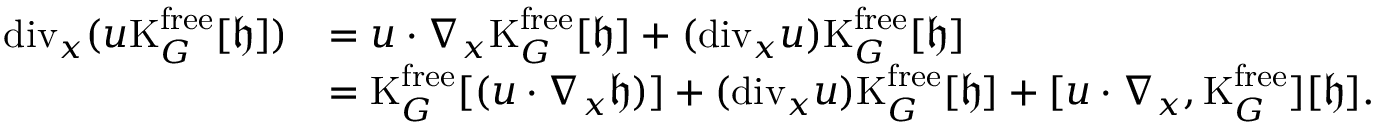
\begin{array} { r l } { \mathrm { d i v } _ { x } ( u \mathrm { K } _ { G } ^ { \mathrm { f r e e } } [ \mathfrak { h } ] ) } & { = u \cdot \nabla _ { x } \mathrm { K } _ { G } ^ { \mathrm { f r e e } } [ \mathfrak { h } ] + ( \mathrm { d i v } _ { x } u ) \mathrm { K } _ { G } ^ { \mathrm { f r e e } } [ \mathfrak { h } ] } \\ & { = \mathrm { K } _ { G } ^ { \mathrm { f r e e } } [ ( u \cdot \nabla _ { x } \mathfrak { h } ) ] + ( \mathrm { d i v } _ { x } u ) \mathrm { K } _ { G } ^ { \mathrm { f r e e } } [ \mathfrak { h } ] + [ u \cdot \nabla _ { x } , \mathrm { K } _ { G } ^ { \mathrm { f r e e } } ] [ \mathfrak { h } ] . } \end{array}